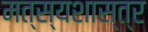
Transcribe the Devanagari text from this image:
मत्स्यशास्त्र